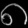
Digit: ၈